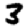
Digit: 3